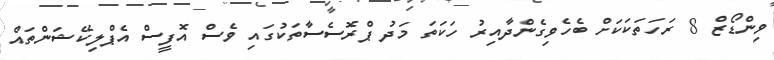
ވިންޑޯޒް 8 ރަހަތަކަކަށް ބެހެވިގެންދާއިރު ހަކަތަ މަދު ޕްރޮސެސާތަކުގައި ވެސް އޮފީސް އެޕްލިކޭޝަންތައް